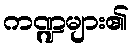
ကဏ္ဍများ၏